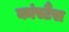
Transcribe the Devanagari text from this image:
कांस्टैंस